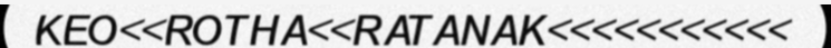
KEO<<ROTHA<<RATANAK<<<<<<<<<<<